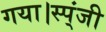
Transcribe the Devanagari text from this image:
गया।स्प्ंजी